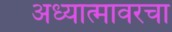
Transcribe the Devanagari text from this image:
अध्यात्मावरचा